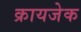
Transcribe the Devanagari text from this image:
क्रायजेक